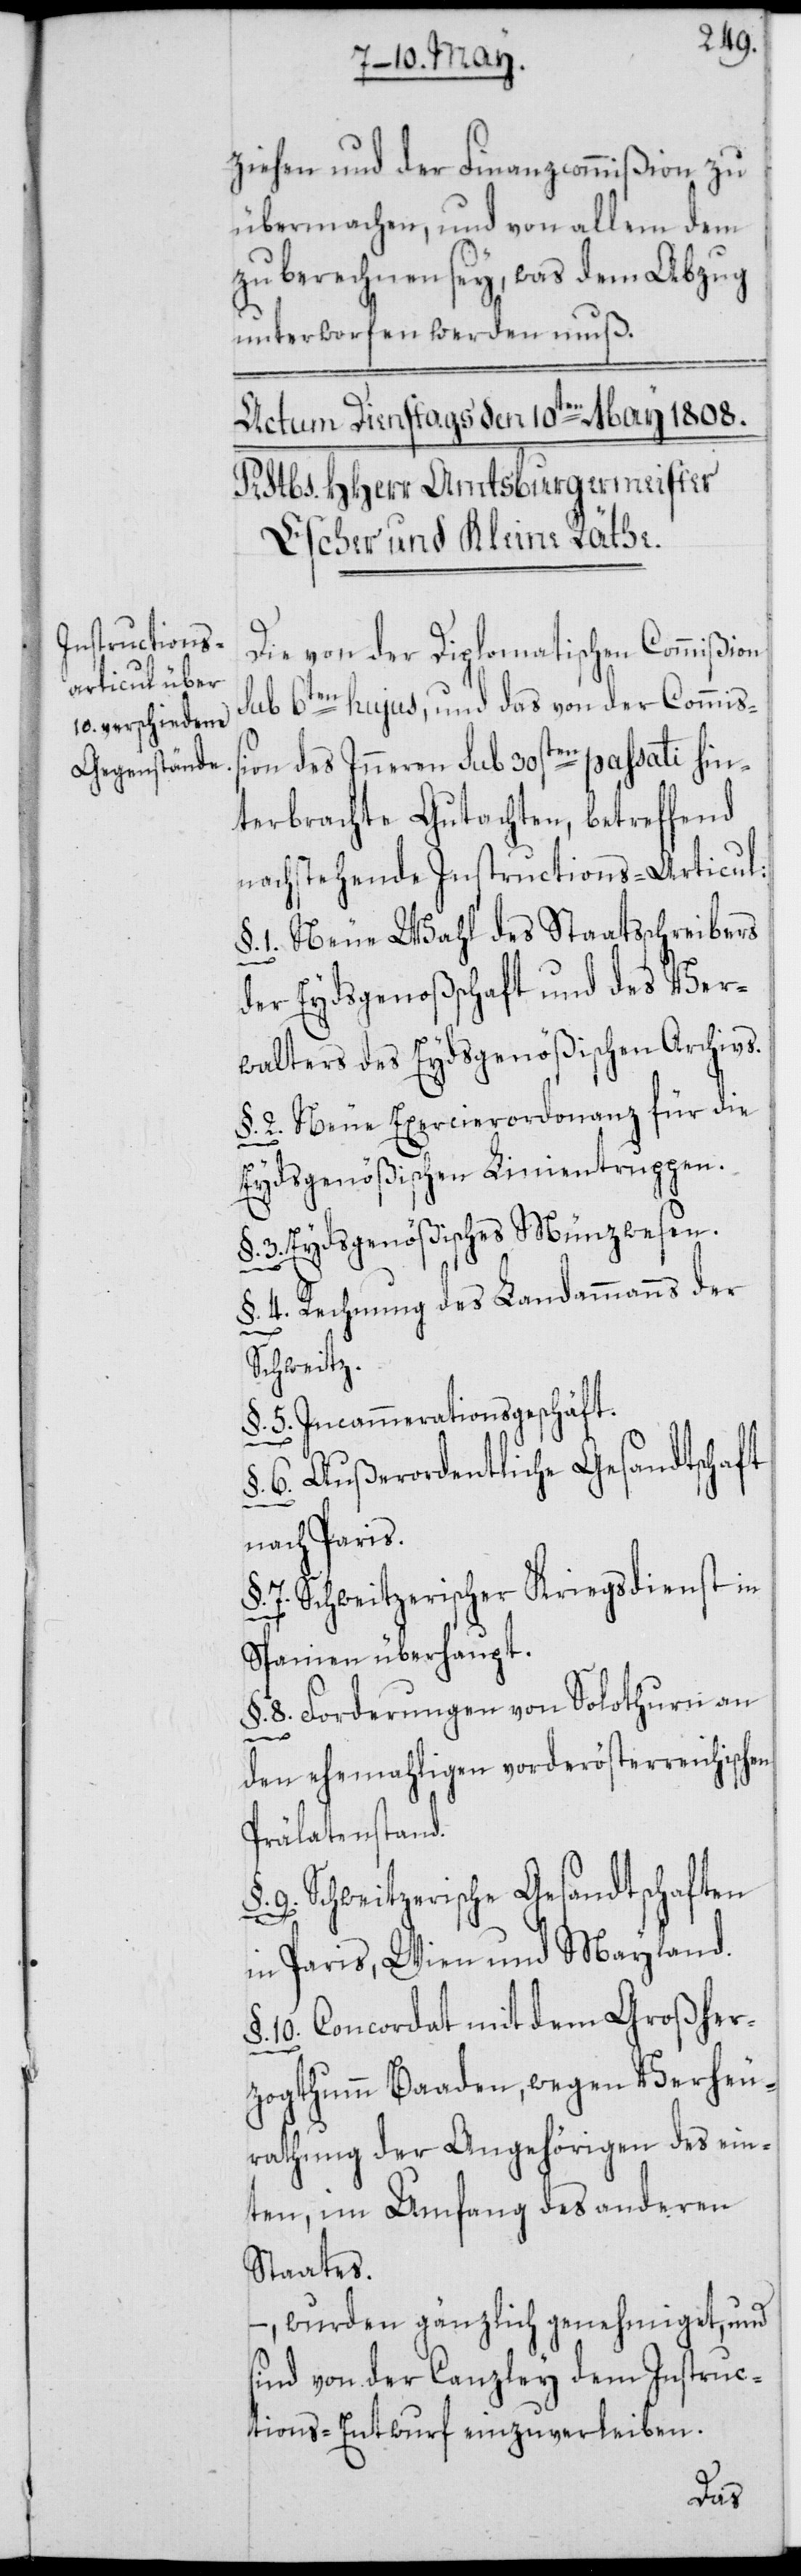
ziehen und der Finanzcommißion zu
übermachen, und von allem dem
zu berechnen sey, was dem Abzug
unterworfen werden muß.
Die von der Diplomatischen Commißion
sub 6ten hujus, und das von der Commiß¬
ion des Inneren sub 30sten passati hin¬
terbrachte Gutachten, betreffend
nachstehende Instructions-Articul:
§. 1. Neue Wahl des Staatsschreibers
der Eydsgenoßschaft und des Ver¬
walters des Eydsgenößischen Archivs.
§. 2. Neue Exercierordonanz für die
Eydsgenößischen Linientruppen.
§. 3. Eydsgenößisches Münzwesen.
§. 4. Rechnung des Landammanns der
Schweitz.
§. 5. Incammerationsgeschäft.
§. 6. Außerordentliche Gesandtschaft
nach Paris.
7. Schweitzerischer Kriegsdienst in
Spanien überhaupt.
§. 8. Forderungen von Solothurn an
den ehemahligen vorderösterreichischen
Prälatenstand.
9. Schweitzerische Gesandtschaften
in Paris, Wien und Mayland.
10. Concordat mit dem Großher¬
zogthumm Baaden, wegen Verheu¬
rathung der Angehörigen des ein¬
ten, im Umfang des anderen
Staates.
–, wurden gänzlich genehmiget, und
sind von der Canzley dem Instruc¬
tions-Entwurf einzuverleiben.